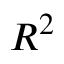
R ^ { 2 }